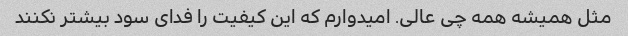
مثل همیشه همه چی عالی. امیدوارم که این کیفیت را فدای سود بیشتر نکنند